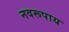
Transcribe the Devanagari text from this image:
नवरूपाय